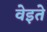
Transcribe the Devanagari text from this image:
वेइते